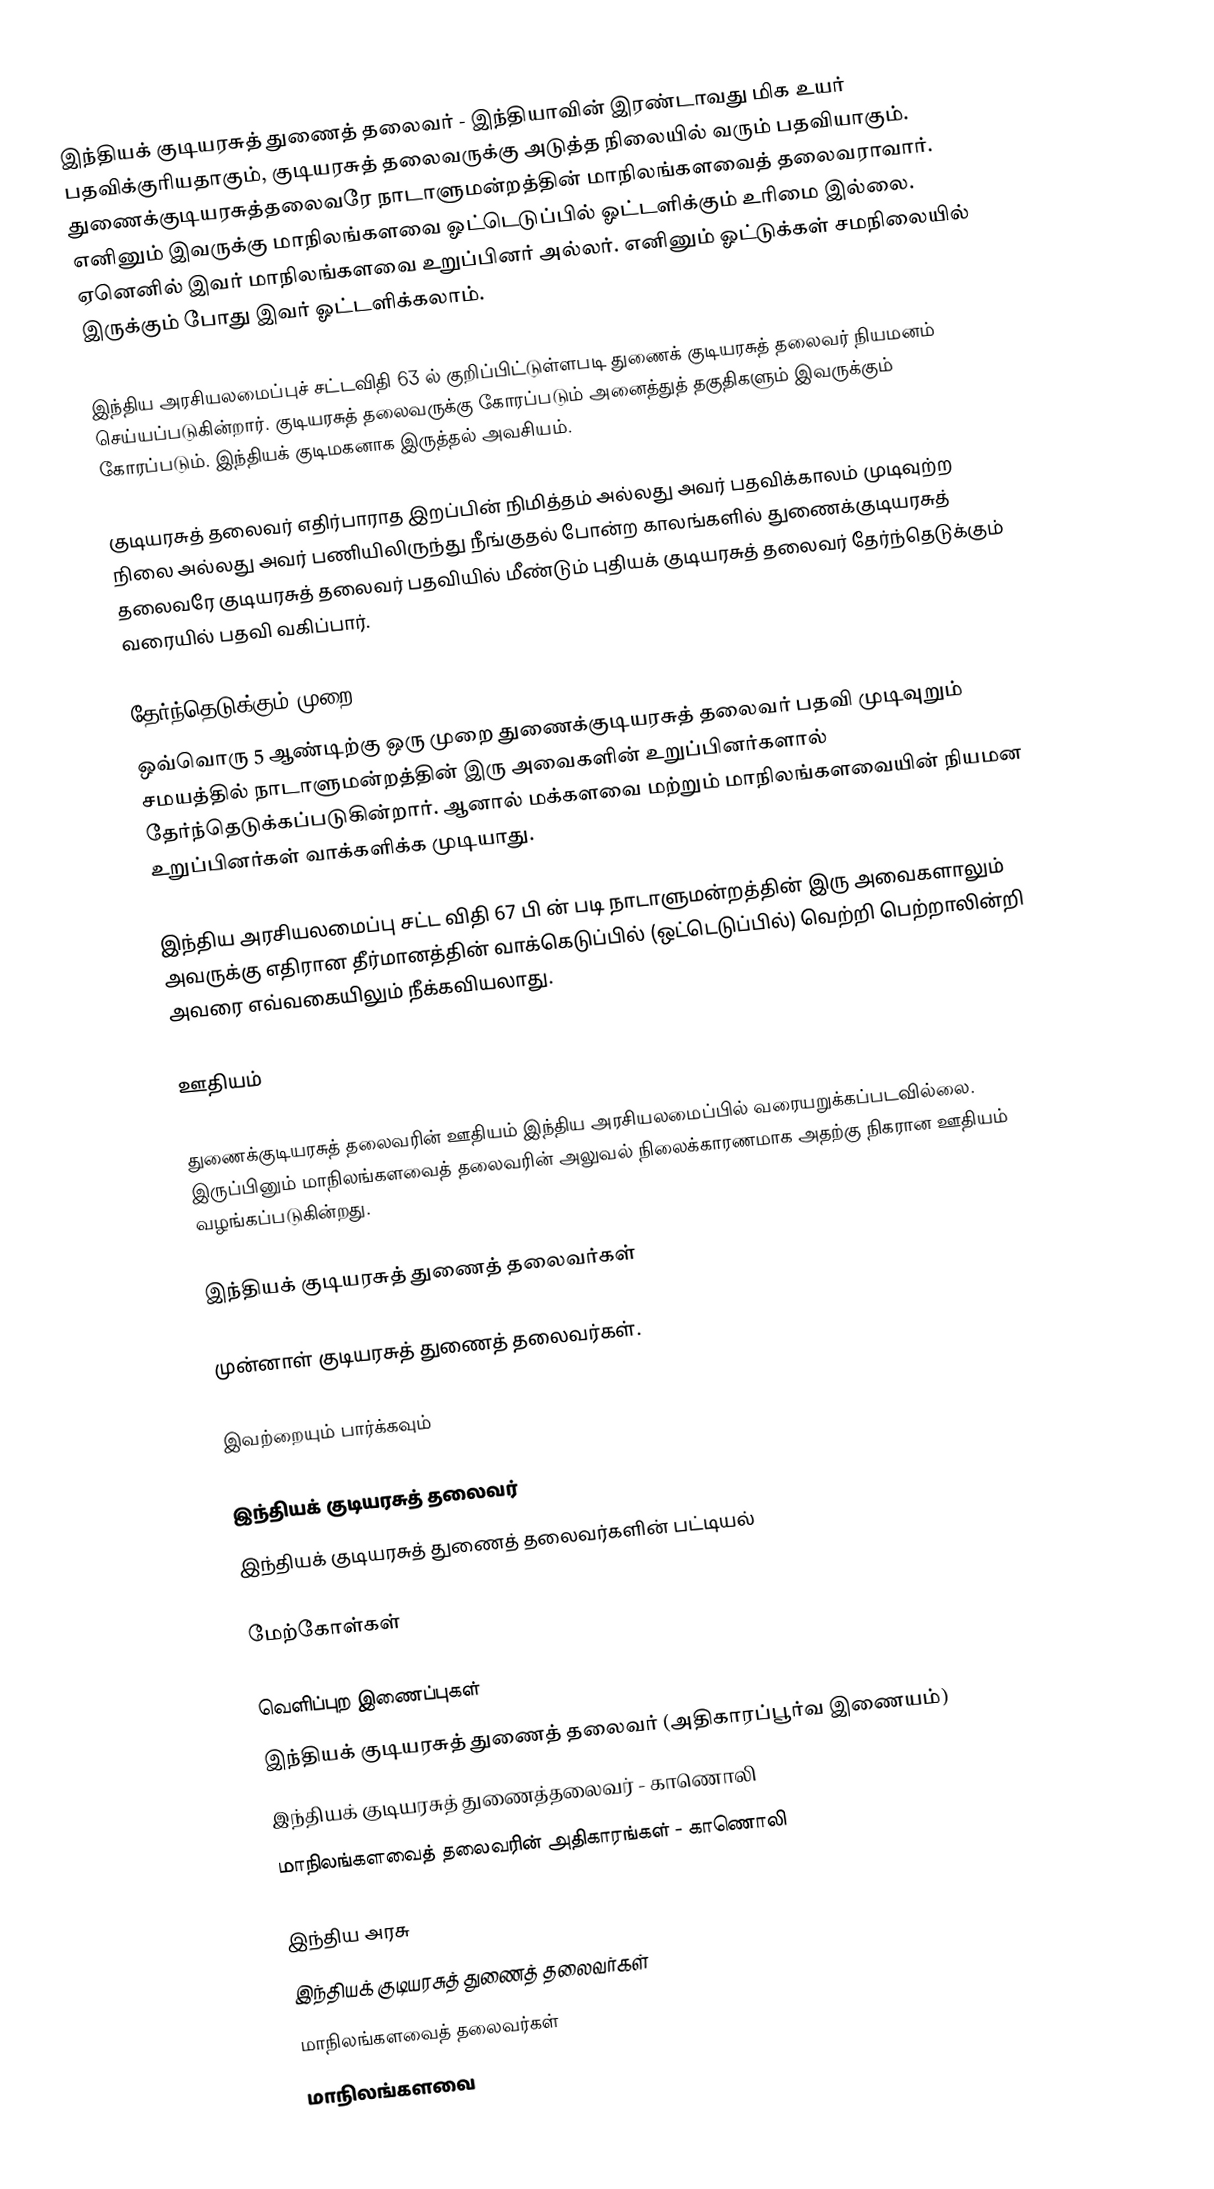
இந்தியக் குடியரசுத்  துணைத் தலைவர் - இந்தியாவின் இரண்டாவது மிக உயர் பதவிக்குரியதாகும், குடியரசுத் தலைவருக்கு அடுத்த நிலையில் வரும் பதவியாகும். துணைக்குடியரசுத்தலைவரே நாடாளுமன்றத்தின் மாநிலங்களவைத் தலைவராவார். எனினும் இவருக்கு மாநிலங்களவை ஓட்டெடுப்பில் ஓட்டளிக்கும் உரிமை இல்லை. ஏனெனில் இவர் மாநிலங்களவை உறுப்பினர் அல்லர். எனினும் ஓட்டுக்கள் சமநிலையில் இருக்கும் போது இவர் ஓட்டளிக்கலாம்.

இந்திய அரசியலமைப்புச் சட்டவிதி 63 ல் குறிப்பிட்டுள்ளபடி துணைக் குடியரசுத் தலைவர் நியமனம் செய்யப்படுகின்றார். குடியரசுத் தலைவருக்கு கோரப்படும் அனைத்துத் தகுதிகளும் இவருக்கும் கோரப்படும்.  இந்தியக் குடிமகனாக இருத்தல் அவசியம்.

குடியரசுத் தலைவர் எதிர்பாராத இறப்பின் நிமித்தம் அல்லது அவர் பதவிக்காலம் முடிவுற்ற நிலை அல்லது அவர் பணியிலிருந்து நீங்குதல் போன்ற காலங்களில் துணைக்குடியரசுத் தலைவரே குடியரசுத் தலைவர் பதவியில் மீண்டும் புதியக் குடியரசுத் தலைவர் தேர்ந்தெடுக்கும் வரையில் பதவி வகிப்பார்.

தேர்ந்தெடுக்கும் முறை
ஒவ்வொரு 5 ஆண்டிற்கு ஒரு முறை துணைக்குடியரசுத் தலைவர் பதவி முடிவுறும் சமயத்தில்  நாடாளுமன்றத்தின் இரு அவைகளின் உறுப்பினர்களால்  தேர்ந்தெடுக்கப்படுகின்றார். ஆனால் மக்களவை மற்றும் மாநிலங்களவையின் நியமன உறுப்பினர்கள் வாக்களிக்க முடியாது.

இந்திய அரசியலமைப்பு சட்ட விதி 67 பி  ன் படி நாடாளுமன்றத்தின் இரு அவைகளாலும்  அவருக்கு எதிரான தீர்மானத்தின் வாக்கெடுப்பில் (ஒட்டெடுப்பில்) வெற்றி பெற்றாலின்றி அவரை எவ்வகையிலும் நீக்கவியலாது.

ஊதியம்

துணைக்குடியரசுத் தலைவரின் ஊதியம் இந்திய அரசியலமைப்பில் வரையறுக்கப்படவில்லை. இருப்பினும் மாநிலங்களவைத் தலைவரின் அலுவல் நிலைக்காரணமாக அதற்கு நிகரான ஊதியம் வழங்கப்படுகின்றது.

இந்தியக் குடியரசுத் துணைத் தலைவர்கள்

முன்னாள் குடியரசுத் துணைத் தலைவர்கள்.

இவற்றையும் பார்க்கவும்

 இந்தியக் குடியரசுத் தலைவர்
இந்தியக் குடியரசுத் துணைத் தலைவர்களின் பட்டியல்

மேற்கோள்கள்

வெளிப்புற இணைப்புகள்
 இந்தியக் குடியரசுத் துணைத் தலைவர் (அதிகாரப்பூர்வ இணையம்)
இந்தியக் குடியரசுத் துணைத்தலைவர் - காணொலி
 மாநிலங்களவைத் தலைவரின் அதிகாரங்கள் - காணொலி

இந்திய அரசு
இந்தியக் குடியரசுத் துணைத் தலைவர்கள்
மாநிலங்களவைத் தலைவர்கள்
மாநிலங்களவை